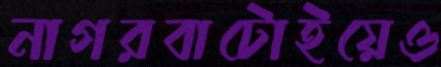
নাগরবাটোইয়েও